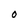
Character: O